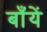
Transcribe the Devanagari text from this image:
बाँयें